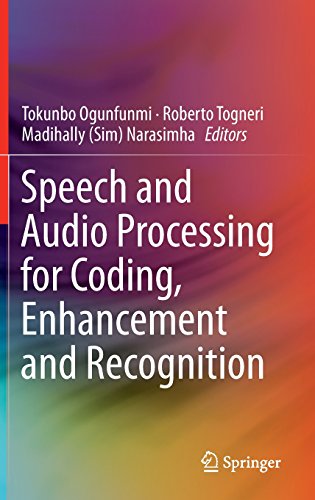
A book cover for Speech and Audio Processing for Coding, Enhancement and Recognition; Computers & Technology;